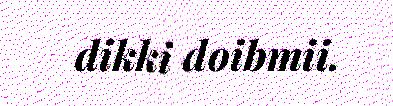
dikki doibmii.